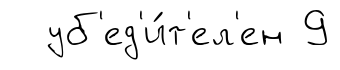
уб'ед'и́т'ел'ен 9